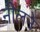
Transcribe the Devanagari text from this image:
नीलने